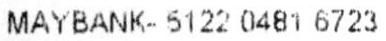
MAYBANK-5122 0481 6723